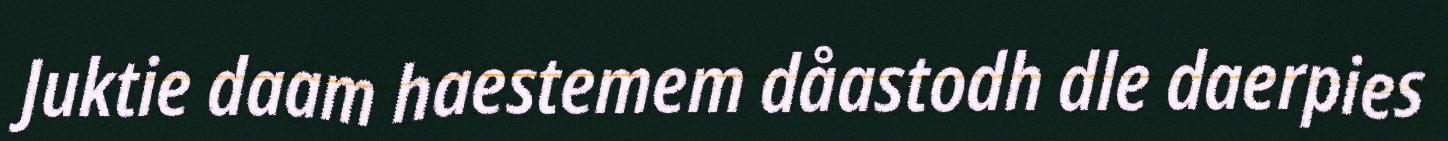
Juktie daam haestemem dåastodh dle daerpies